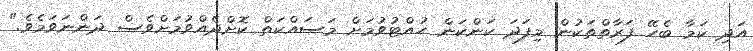
އަދި ކަމާ ބެހޭ ފަރާތްތަކުން މިފަދަ ކަންކަން ހުއްޓުވުމަށް މަސައްކަތް ކޮށްދެއްވުމަށްވެސް ދަންނަވަމެވެ."